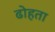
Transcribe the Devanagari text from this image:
ढोहता